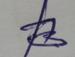
Signature authenticity: forged